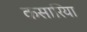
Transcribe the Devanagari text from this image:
कसारिया